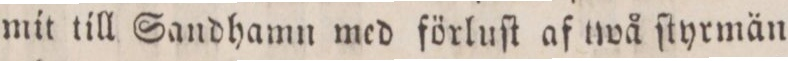
mit till Sandhamn med förluſt af twå ſtyrmän